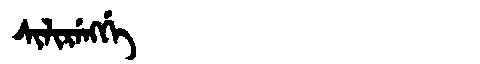
Manchu: ᠰᡳᠯᡳᡵᡝᠩᡤᡝ
Romanization: SILIRENGGE